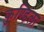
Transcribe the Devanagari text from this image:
कुण्डिला